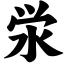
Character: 泶